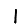
Digit: 1